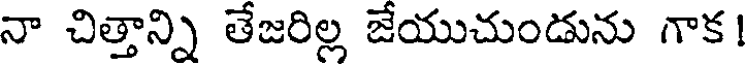
నా చిత్తాన్ని తేజరిల్ల జేయుచుండును గాక!